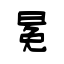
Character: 冕